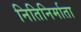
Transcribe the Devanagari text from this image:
नितिनिर्माता